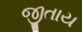
જીતાય